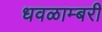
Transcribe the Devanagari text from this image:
धवळाम्बरी